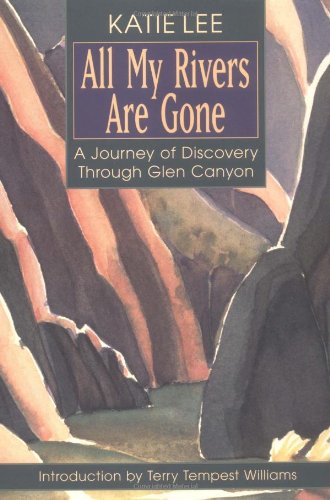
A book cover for All My Rivers Are Gone: A Journey of Discovery Through Glen Canyon; Katie Lee; Travel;